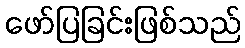
ဖော်ပြခြင်းဖြစ်သည်